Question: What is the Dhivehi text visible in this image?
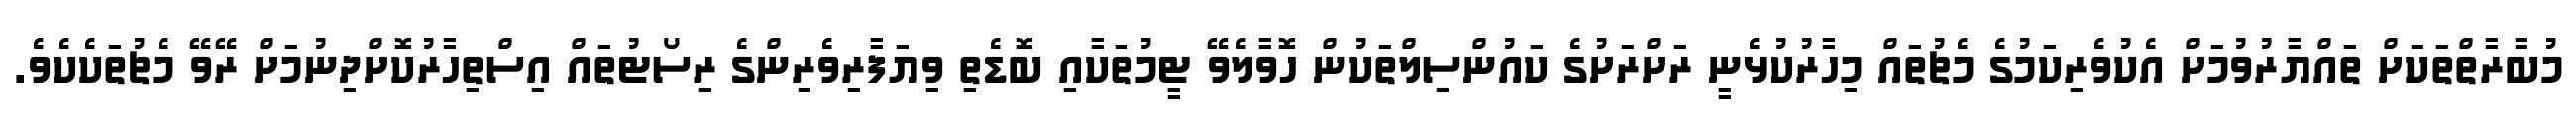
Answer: މުބާރާތްތަކަށް ތައްޔާރުވުމަށް އެކުވެރިކަމުގެ މެޗުތައް މިހާރުކުޅެނީ ރަށްރަށުގެ ކައުންސިލްތަކުން ހޮވާލެވޭ ޓީމުތަކާއި ބޮޑެތި ވިޔަފާރިވެރިންގެ ރިސޯޓުތައް އިސްތިހާރުކޮށްދިނުމަށް ރޭވޭ މެޗުތަކެކެވެ.